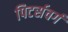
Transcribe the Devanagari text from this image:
पिटर्सवर्ग